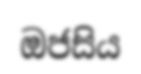
ඔජසිය